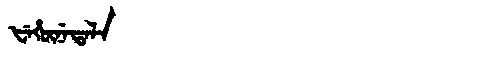
Manchu: ᡶᡝᡥᡡᠨᡝᡨᠠᠯᠠ
Romanization: FEHŪNETALA